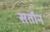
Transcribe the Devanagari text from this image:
सतौन